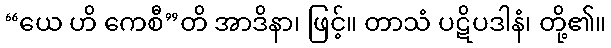
“ယေ ဟိ ကေစီ”တိ အာဒိနာ၊ ဖြင့်။ တာသံ ပဋိပဒါနံ၊ တို့၏။